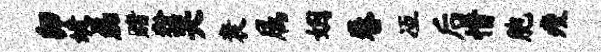
卯婕磊赌粉哭衰属姻卷冱后惜胞瘦